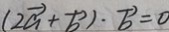
( \overrightarrow { a } + \overrightarrow { b } ) \cdot \overrightarrow { b } = 0